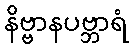
နိဗ္ဗာနပဗ္ဘာရံ